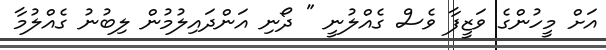
އަށް މީހުންގެ ވަޒީފާ ވެސް ގެއްލުނީ " ދޯނި އަންދައިލުމުން ލިބުނު ގެއްލުމާ